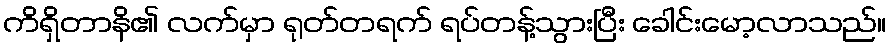
ကိရှိတာနိ၏ လက်မှာ ရုတ်တရက် ရပ်တန့်သွားပြီး ခေါင်းမော့လာသည်။